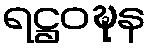
ရဋ္ဌဝဍ္ဎန